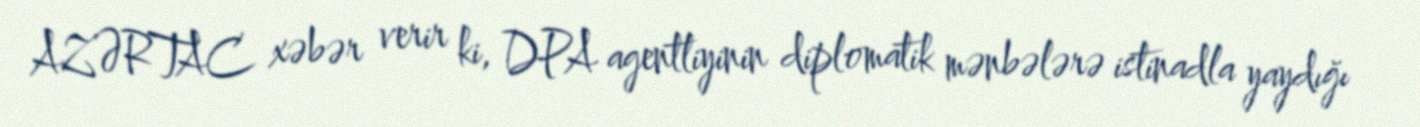
AZƏRTAC xəbər verir ki, DPA agentliyinin diplomatik mənbələrə istinadla yaydığı